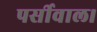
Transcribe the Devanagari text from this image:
पर्सीवाल।